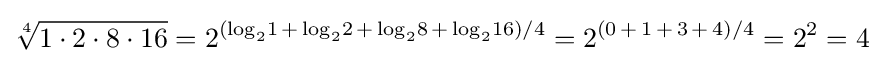
{\sqrt[{4}]{1\cdot 2\cdot 8\cdot 16}}=2^{(\log _{2}\!1\,+\,\log _{2}\!2\,+\,\log _{2}\!8\,+\,\log _{2}\!16)/4}=2^{(0\,+\,1\,+\,3\,+\,4)/4}=2^{2}=4